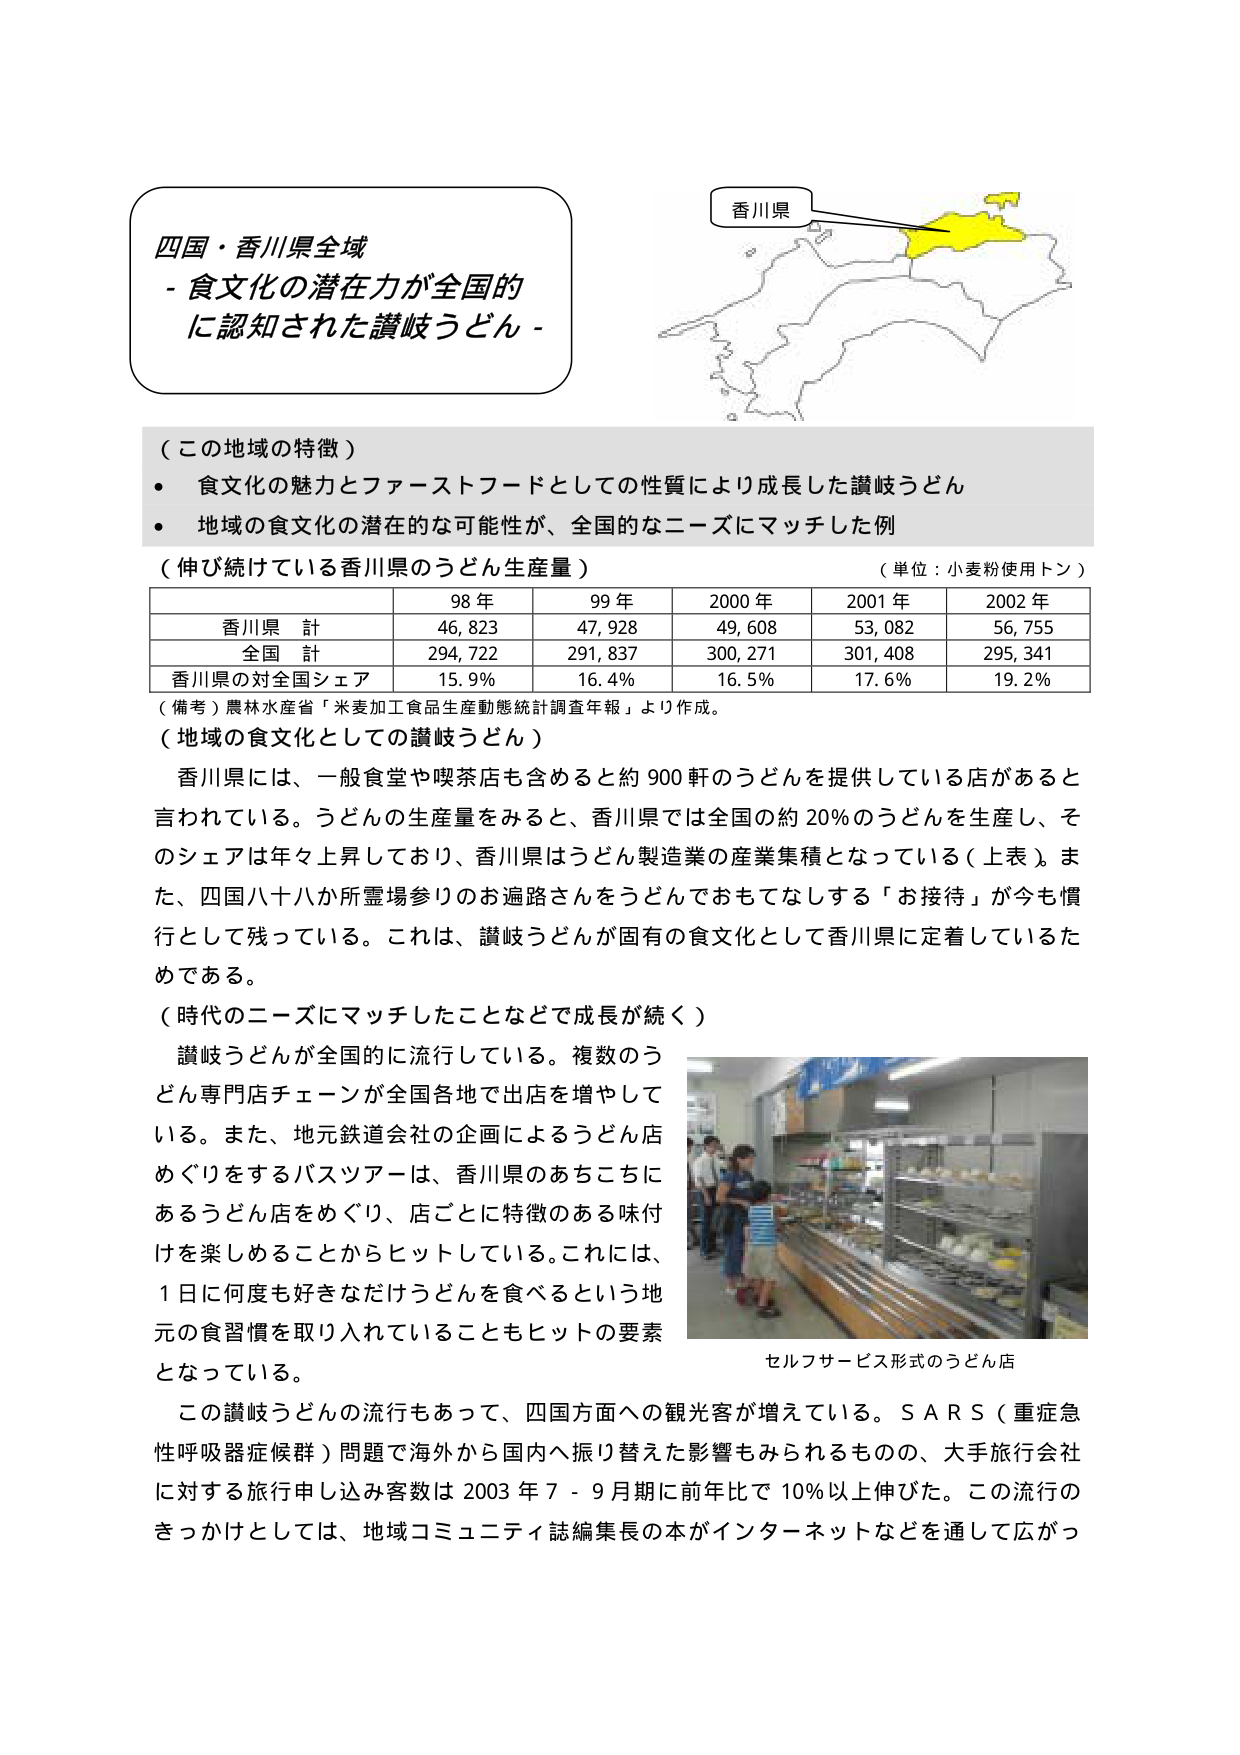
四国・香川県全域
- 食文化の潜在力が全国的に認知された讃岐うどん -

香川県

（この地域の特徴）
・ 食文化の魅力とファーストフードとしての性質により成長した讃岐うどん
・ 地域の食文化の潜在的な可能性が、全国的なニーズにマッチした例

（伸び続けている香川県のうどん生産量）
（単位：小麦粉使用トン）

| | 98年 | 99年 | 2000年 | 2001年 | 2002年 |
|---|---|---|---|---|---|
| 香川県 計 | 46,823 | 47,928 | 49,608 | 53,082 | 56,755 |
| 全国 計 | 294,722 | 291,837 | 300,271 | 301,408 | 295,341 |
| 香川県の対全国シェア | 15.9% | 16.4% | 16.5% | 17.6% | 19.2% |

（備考）農林水産省「米麦加工食品生産動態統計調査年報」より作成。

（地域の食文化としての讃岐うどん）
香川県には、一般食堂や喫茶店も含めると約900軒のうどんを提供している店があると言われている。うどんの生産量をみると、香川県では全国の約20％のうどんを生産し、そのシェアは年々上昇しており、香川県はうどん製造業の産業集積となっている（上表）。また、四国八十八か所霊場参りのお遍路さんをうどんでおもてなしする「お接待」が今も慣行として残っている。これは、讃岐うどんが固有の食文化として香川県に定着しているためである。

（時代のニーズにマッチしたことなどで成長が続く）
讃岐うどんが全国的に流行している。複数のうどん専門店チェーンが全国各地で出店を増やしている。また、地元鉄道会社の企画によるうどん店めぐりをするバスツアーは、香川県のあちこちにあるうどん店をめぐり、店ごとに特徴のある味付けを楽しめることからヒットしている。これには、1日に何度も好きなだけうどんを食べれるという地元の食習慣を取り入れていることもヒットの要素となっている。

セルフサービス形式のうどん店

この讃岐うどんの流行もあって、四国方面への観光客が増えている。SARS（重症急性呼吸器症候群）問題で海外から国内へ振り替えた影響もみられるものの、大手旅行会社に対する旅行申し込み客数は2003年7－9月期に前年比で10％以上伸びた。この流行のきっかけとしては、地域コミュニティ誌編集長の本がインターネットなどを通して広がっ